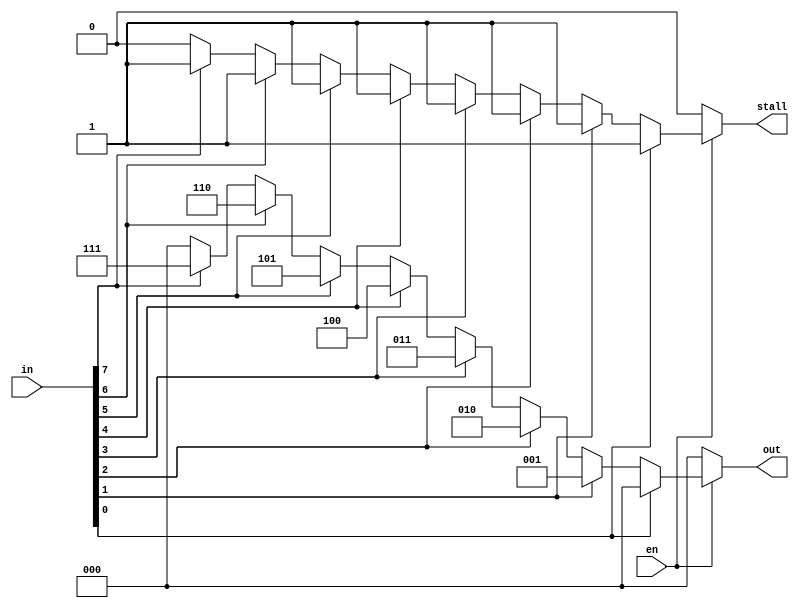
module priority_encoder(en,in,out,stall);

input [7:0] in;
input en;
output [2:0] out;
output stall;

reg [2:0] out;
reg stall;

always@(*)
begin
   if(en == 1'b0)
      begin out <= 3'b000;
		stall <= 1'b0; end
	else
     if(in[0] == 1'b1)
        begin	out <= 3'b000;
			 stall <= 1'b1; end
	  else if(in[1] == 1'b1)
            begin  out <= 3'b001;
				 stall <= 1'b1; end
			 else if(in[2] == 1'b1)
              begin  out <= 3'b010;
					 stall <= 1'b1; end
					 else if(in[3] == 1'b1)
						begin		out <= 3'b011;
								stall <= 1'b1; end
							else if(in[4] == 1'b1)
								begin	out <= 3'b100;
									stall <= 1'b1; end
									else if(in[5] == 1'b1)
										begin 	out <= 3'b101;
											stall <= 1'b1;  end
											else if(in[6] == 1'b1)
												begin	out <= 3'b110;
													stall <= 1'b1;  end
												else if(in[7] == 1'b1)
													begin	out <= 3'b111;
														stall <= 1'b1; end
													else
                                            begin out<=3'b000;
														  stall <= 1'b0; end

end	

endmodule